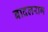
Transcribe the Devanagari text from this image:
बादलराग